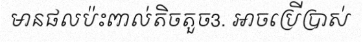
មានផលប៉ះពាល់តិចតួច3. អាចប្រើប្រាស់